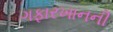
ગફારખાનની